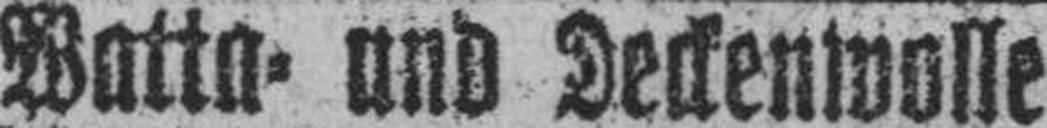
Watta= und Deckenwolle